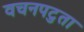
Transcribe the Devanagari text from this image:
वचनपटुता